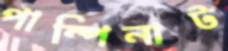
পাম্পিনাট